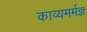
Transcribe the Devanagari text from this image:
काव्यमर्मज्ञ